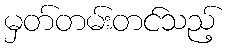
မှတ်တမ်းတင်သည့်